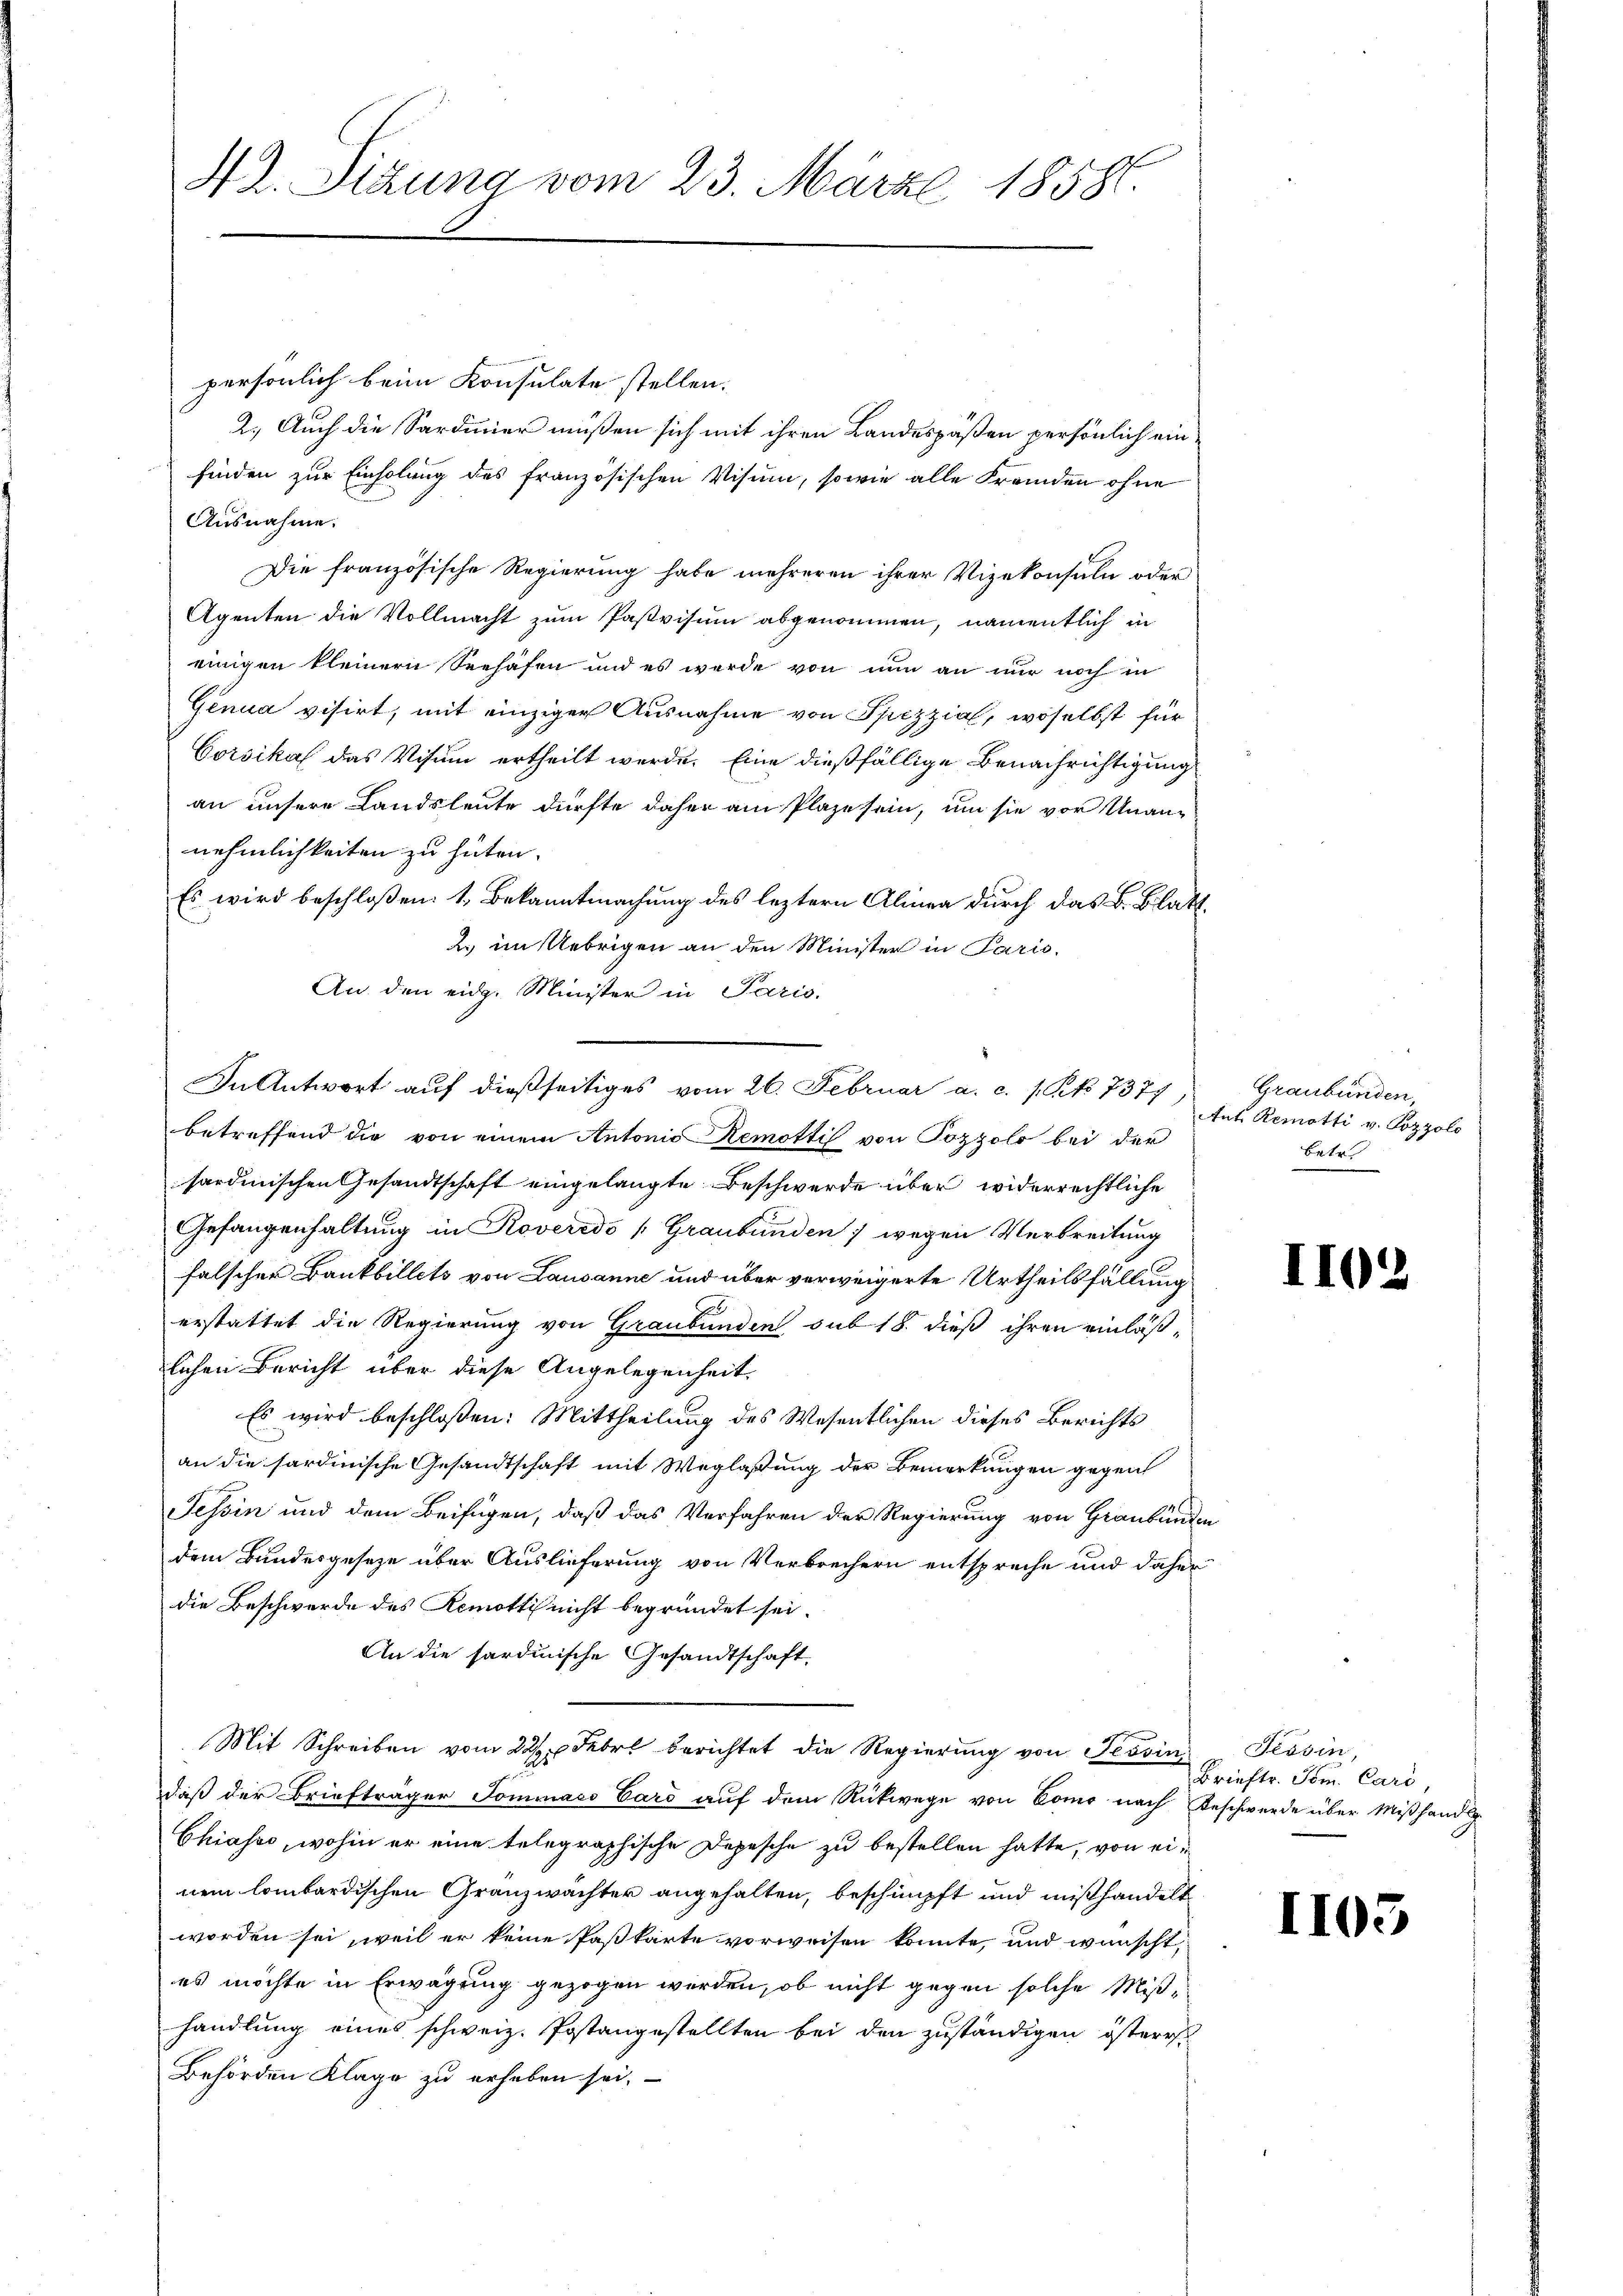
42. Sitzung vom 23. März 1858.

persönlich beim Konsulate stellen.
2.) Auch die Sardinier müßen sich mit ihren Landespäßen persönlich ein
finden zur Einholung des französischen Visum, sowie alle Fremden ohne
Ausnahme.
Die französische Regierung habe mehreren ihrer Vizekonsuln oder
Agenten die Vollmacht zum Pastvisum abgenommen, namentlich in
einigen kleinern Seehafen und es wurde von nun an nur noch in
Genua visirt, mit einziger Ausnahme von Spezzial, woselbst für
Corsikal das Visum ertheilt werde. Eine dießfällige Benachrichtigung
an unsere Landsleute dürfte daher am Plaze sein, um sie vor Unannehmlichkeiten zu hüten.
Es wird beschloßen: 1. Bekanntmachung des leztern Alinea durch das B. Blatt¬
2. im Uebrigen an den Minister in Paris.
An den eidg. Minister in Paris.
In Antwort auf dießseitiges vom 26. Februar a. c. 1 Pk 7377,
betreffend die von einem Antonio Remottis von Pozzolo bei der
sardinischen Gesandtschaft eingelangte Beschwerde über widerrechtliche
Gefangenhaltung in Roveredo (Graubünden, wegen Verbreitung
falscher Bankbillets von Lausanne und über verweigerte Urtheilsfällung
erstattet die Regierung von Graubünden sub 18. dieß ihren einläß-
lichen Bericht über diese Angelegenheit,
Es wird beschloßen: Mittheilung des Wesentlichen dieses Berichts
an die sardinische Gesandtschaft mit Weglaßung der Bemerkungen gegen
Tessin und dem Beifügen, daß das Verfahren der Regierung von Graubünden
dem Bundesgeseze über Auslieferung von Verbrechern entspreche und daher
die Beschwerde des Remotti nicht begründet sei.
An die sardinische Gesandtschaft.
Mit Schreiben vom 22. Febr. berichtet die Regierung von Tessini
daß der Briefträger Tominaco Card auf dem Rückwege von Como nach Beschwerde über Mißhandlg.
Chiases, wohin er eine telegraphische Depesche zu bestellen hatte, von einem lombardischen Granzwächter angehalten, beschimpft und mißhandelt
worden sei, weil er keine Paßkarte vorweisen konnte, und wünscht,
es möchte in Erwägung gezogen werden, ob nicht gegen solche Mißhandlung eines schweiz. Postangestellten bei den zuständigen österr
Behörden Klage zu erheben sei.

Graubünden,
Ant. Remotti v. Pozzolo
betr

II03

Tessin,
Brieftr. Tom. Cari,

1105